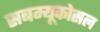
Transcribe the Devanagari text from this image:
सबम्‍यूकोसल